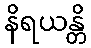
နိရယန္တိ